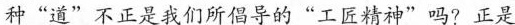
种”道”不正是我们所倡导的”工匠精神”吗？正是